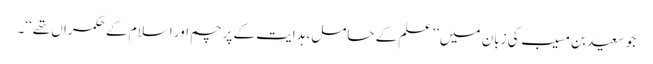
جو سعید بن مسیب کی زبان میں ’’علم کے حامل، ہدایت کے پرچم اور اسلام کے حکمراں تھے‘‘۔